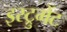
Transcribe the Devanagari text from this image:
इस्ट्रुमेंट